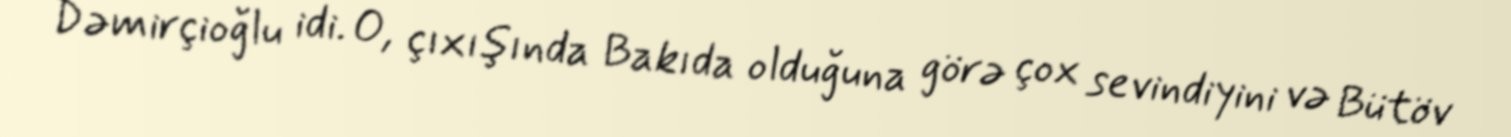
Dəmirçioğlu idi. O, çıxışında Bakıda olduğuna görə çox sevindiyini və Bütöv